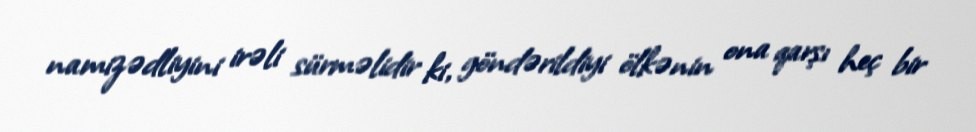
namizədliyini irəli sürməlidir ki, göndərildiyi ölkənin ona qarşı heç bir